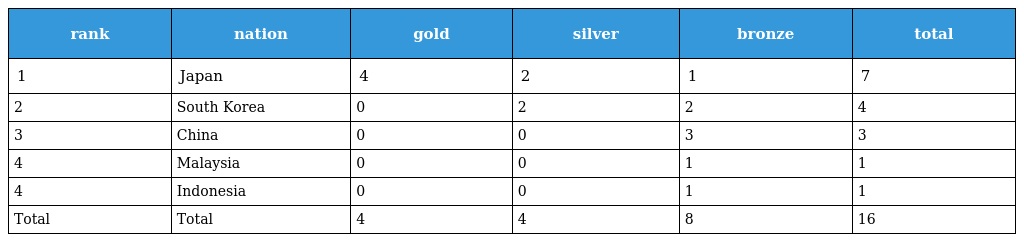
| rank | nation | gold | silver | bronze | total |
 | --- | --- | --- | --- | --- | --- |
 | 1 | Japan | 4 | 2 | 1 | 7 |
 | 2 | South Korea | 0 | 2 | 2 | 4 |
 | 3 | China | 0 | 0 | 3 | 3 |
 | 4 | Malaysia | 0 | 0 | 1 | 1 |
 | 4 | Indonesia | 0 | 0 | 1 | 1 |
 | Total | Total | 4 | 4 | 8 | 16 |